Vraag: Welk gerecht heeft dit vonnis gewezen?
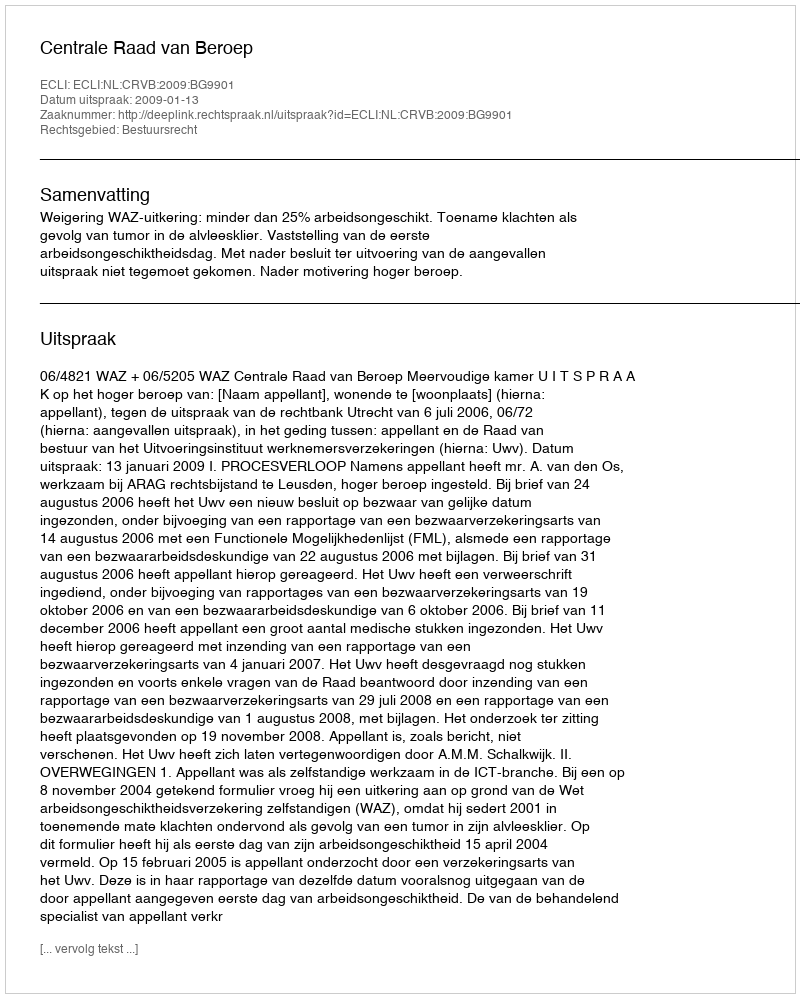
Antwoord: Centrale Raad van Beroep